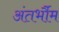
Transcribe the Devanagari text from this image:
अंतर्भौम